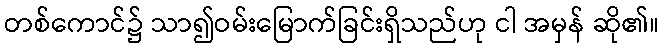
တစ်ကောင်၌ သာ၍ဝမ်းမြောက်ခြင်းရှိသည်ဟု ငါ အမှန် ဆို၏။